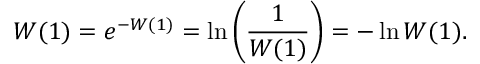
W ( 1 ) = e ^ { - W ( 1 ) } = \ln \left( { \frac { 1 } { W ( 1 ) } } \right) = - \ln W ( 1 ) .